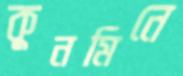
কুনমিনে